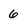
Character: 6